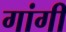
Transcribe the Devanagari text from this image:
गांगी